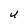
Character: U